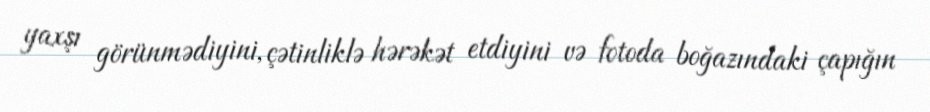
yaxşı görünmədiyini, çətinliklə hərəkət etdiyini və fotoda boğazındaki çapığın